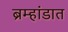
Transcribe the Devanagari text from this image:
ब्रम्हांडात